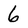
Character: 6